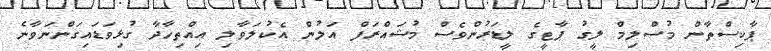
ޕާކިސްތާން މުސްލިމް ލީގު ޕާޓީގެ ލީޑަރުންވެސް މުޝައްރަފް އަލުން އެކުލަވާލި އިއްތިހާދާ ގުޅިވަޑައިގަންނަވާނެ